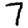
Digit: 7